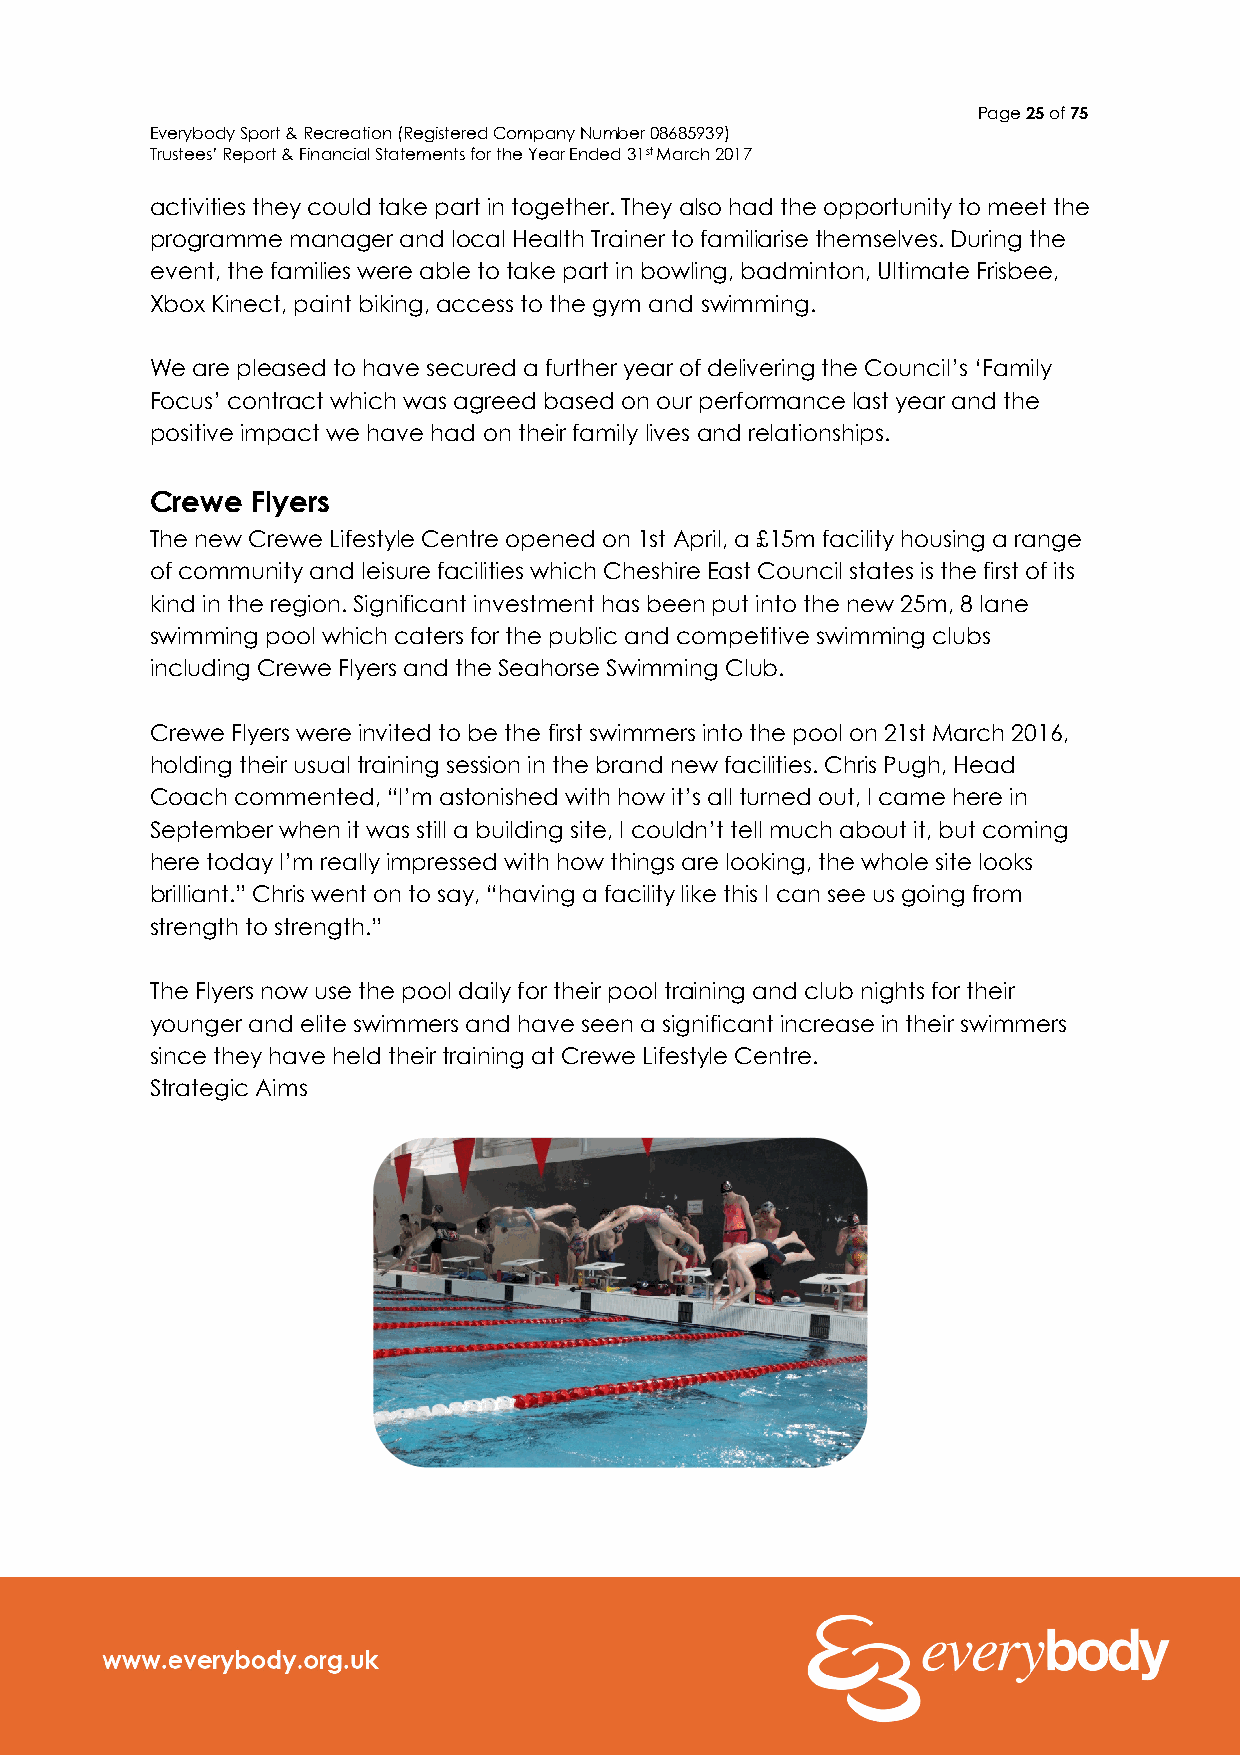
Page 25 of 75
 Everybody Sport & Recreation (Registered Company Number 08685939)
 Trustees’ Report & Financial Statements for the Year Ended 31st March 2017
 activities they could take part in together. They also had the opportunity to meet the
 programme manager and local Health Trainer to familiarise themselves. During the
 event, the families were able to take part in bowling, badminton, Ultimate Frisbee,
 Xbox Kinect, paint biking, access to the gym and swimming.
 We are pleased to have secured a further year of delivering the Council’s ‘Family
 Focus’ contract which was agreed based on our performance last year and the
 positive impact we have had on their family lives and relationships.
 Crewe  Flyers
 The new Crewe Lifestyle Centre opened on 1st April, a £15m facility housing a range
 of community and leisure facilities which Cheshire East Council states is the first of its
 kind in the region. Significant investment has been put into the new 25m, 8 lane
 swimming pool which caters for the public and competitive swimming clubs
 including Crewe Flyers and the Seahorse Swimming Club.
 Crewe Flyers were invited to be the first swimmers into the pool on 21st March 2016,
 holding their usual training session in the brand new facilities. Chris Pugh, Head
 Coach commented, “I’m astonished with how it’s all turned out, I came here in
 September when it was still a building site, I couldn’t tell much about it, but coming
 here today I’m really impressed with how things are looking, the whole site looks
 brilliant.” Chris went on to say, “having a facility like this I can see us going from
 strength to strength.”
 The Flyers now use the pool daily for their pool training and club nights for their
 younger and elite swimmers and have seen a significant increase in their swimmers
 since they have held their training at Crewe Lifestyle Centre.
 Strategic Aims